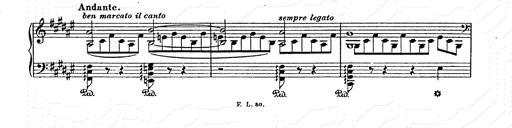
Title: AnnÃ©es de pÃ¨lerinage II
Composer: Franz Liszt